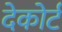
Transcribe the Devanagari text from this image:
देकोर्ट